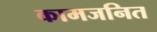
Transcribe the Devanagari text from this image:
कामजनित